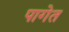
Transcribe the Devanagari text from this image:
पागेत